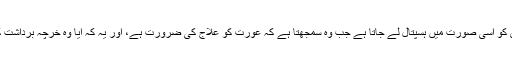
اور شوہر اپنی بیوی کو اسی صورت میں ہسپتال لے جاتا ہے جب وہ سمجھتا ہے کہ عورت کو علاج کی ضرورت ہے، اور یہ کہ آیا وہ خرچہ برداشت کرسکتا ہے یا نہیں۔